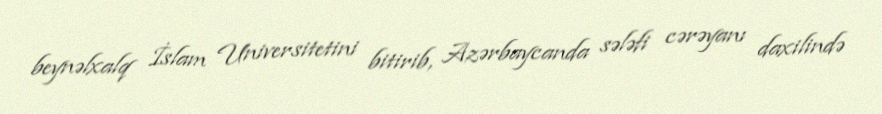
beynəlxalq İslam Universitetini bitirib, Azərbaycanda sələfi cərəyanı daxilində